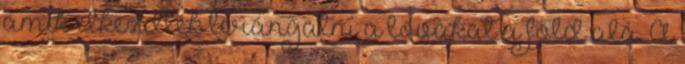
amik elkezdték lerángatni a lovakat a föld alá. A